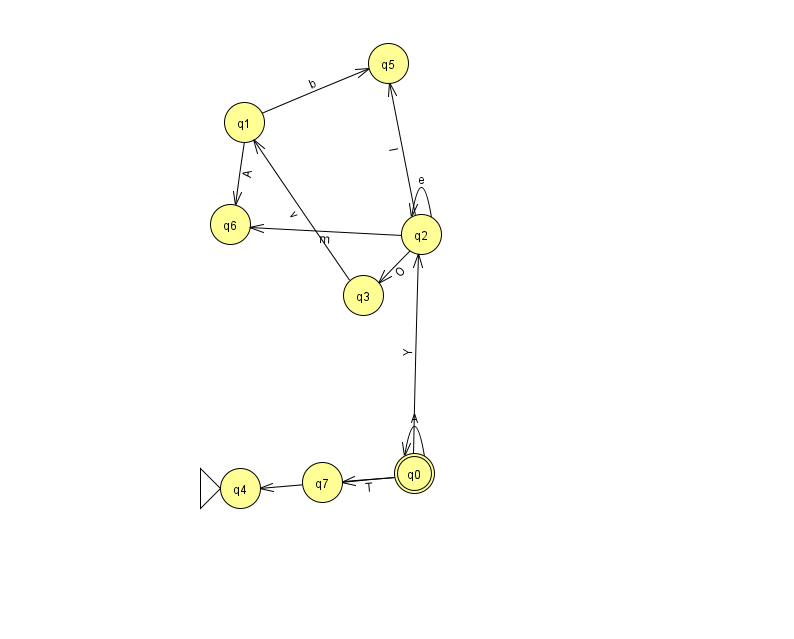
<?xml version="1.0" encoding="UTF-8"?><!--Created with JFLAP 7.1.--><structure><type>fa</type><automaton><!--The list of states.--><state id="0" name="q0"><x>414.0</x><y>460.0</y><final/></state><state id="1" name="q1"><x>244.0</x><y>109.0</y></state><state id="2" name="q2"><x>421.0</x><y>221.0</y></state><state id="3" name="q3"><x>363.0</x><y>282.0</y></state><state id="4" name="q4"><x>240.0</x><y>475.0</y><initial/></state><state id="5" name="q5"><x>388.0</x><y>50.0</y></state><state id="6" name="q6"><x>230.0</x><y>211.0</y></state><state id="7" name="q7"><x>322.0</x><y>469.0</y></state><!--The list of transitions.--><transition><from>0</from><to>0</to><read>A</read></transition><transition><from>0</from><to>7</to><read>T</read></transition><transition><from>1</from><to>5</to><read>b</read></transition><transition><from>2</from><to>6</to><read>m</read></transition><transition><from>2</from><to>2</to><read>e</read></transition><transition><from>3</from><to>1</to><read>v</read></transition><transition><from>0</from><to>2</to><read>Y</read></transition><transition><from>0</from><to>4</to><read>y</read></transition><transition><from>2</from><to>5</to><read>I</read></transition><transition><from>1</from><to>6</to><read>A</read></transition><transition><from>2</from><to>3</to><read>O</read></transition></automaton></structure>